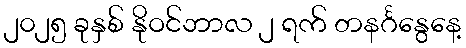
၂၀၂၅ ခုနှစ် နိုဝင်ဘာလ ၂ ရက် တနင်္ဂနွေနေ့